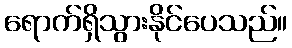
ရောက်ရှိသွားနိုင်ပေသည်။